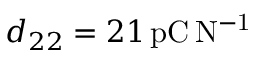
d _ { 2 2 } = 2 1 \, \mathrm { p C \, N ^ { - 1 } }